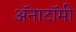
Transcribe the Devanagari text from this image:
अॅनाटॉमी